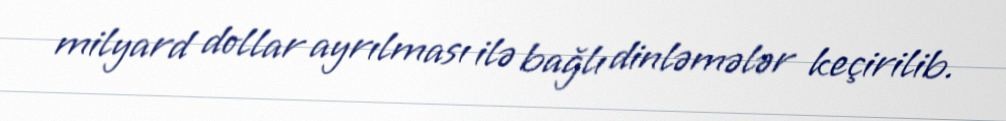
milyard dollar ayrılması ilə bağlı dinləmələr keçirilib.